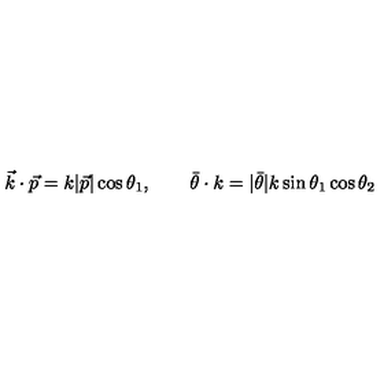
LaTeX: \vec { k } \cdot \vec { p } = k | \vec { p } | \cos \theta _ { 1 } , \qquad \bar { \theta } \cdot k = | \bar { \theta } | k \sin \theta _ { 1 } \cos \theta _ { 2 }